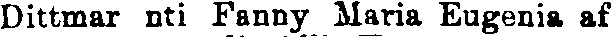
Dittmar nti Fanny Maria Eugenia af